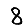
Digit: 8